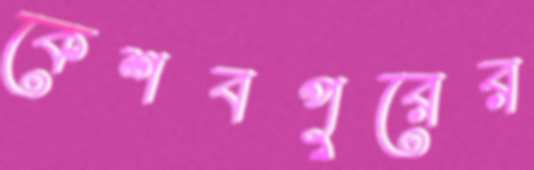
কেশবপুরের